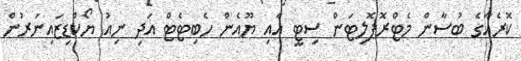
ކޮރެއާގެ ބުސާން މެޓްރޮޕޮލިޓަން ސިޓީ އާއި ޔޫއެން ހެބިޓެޓް އަދި ނިއު ޔޯކްޑިޒައިނަރުން